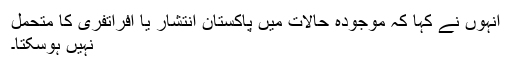
انہوں نے کہا کہ موجودہ حالات میں پاکستان انتشار یا افراتفری کا متحمل
نہیں ہوسکتا۔